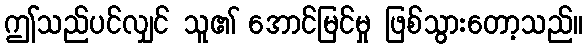
ဤသည်ပင်လျှင် သူ၏ အောင်မြင်မှု ဖြစ်သွားတော့သည်။